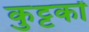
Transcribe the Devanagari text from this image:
कुट्टकों